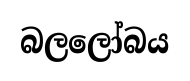
බලලෝබය